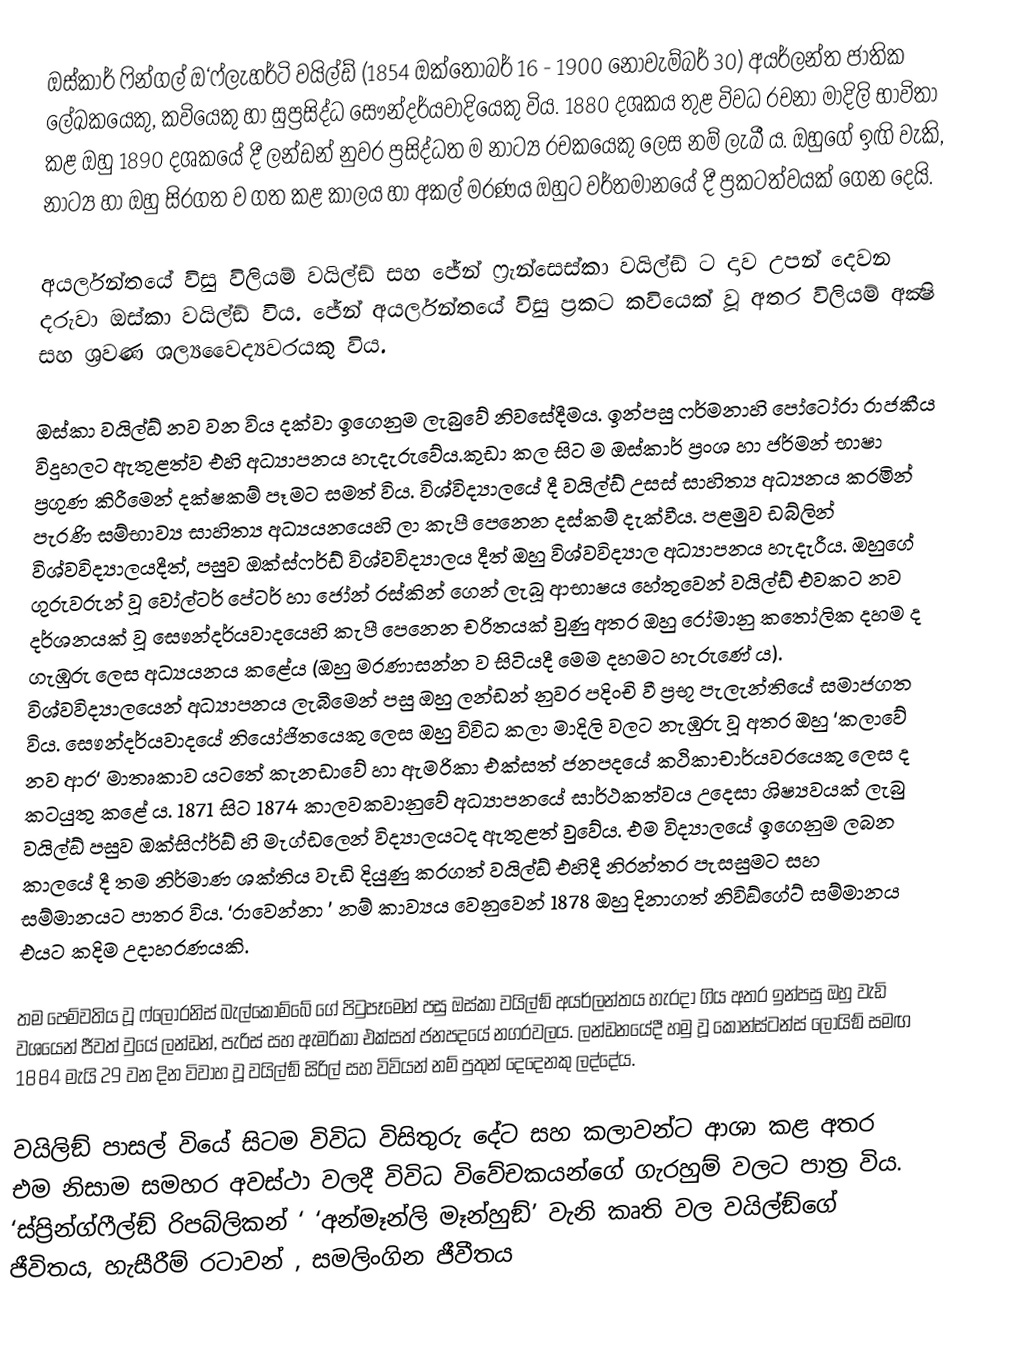
ඔස්කාර් ෆින්ගල් ඔ‘ෆ්ලැහර්ටි වයිල්ඩ් (1854 ඔක්තෝබර් 16 - 1900 නොවැම්බර් 30) අයර්ලන්ත ජාතික ලේඛකයෙකු, කවියෙකු හා සුප්‍රසිද්ධ සෞන්දර්යවාදියෙකු විය. 1880 දශකය තුළ විවධ රචනා මාදිලි භාවිතා කළ ඔහු 1890 දශකයේ දී ලන්ඩන් නුවර ප්‍රසිද්ධත ම නාට්‍ය රචකයෙකු ලෙස නම් ලැබී ය. ඔහුගේ ඉඟි වැකි, නාට්‍ය හා ඔහු සිරගත ව ගත කළ කාලය හා අකල් මරණය ඔහුට වර්තමානයේ දී ප්‍රකටත්වයක් ගෙන දෙයි.

අයර්ලන්තයේ විසු විලියම් වයිල්ඞ් සහ ජේන් ෆ‍්‍රැන්සෙස්කා වයිල්ඞ් ට දාව උපන් දෙවන දරුවා ඔස්කා වයිල්ඞ් විය. ජේන් අයර්ලන්තයේ විසු ප‍්‍රකට කවියෙක් වූ අතර විලියම් අක්‍ෂි සහ ශ‍්‍රවණ ශල්‍යවෛද්‍යවරයකු විය.

ඔස්කා වයිල්ඞ් නව වන විය දක්වා ඉගෙනුම ලැබුවේ නිවසේදීමය. ඉන්පසු ෆර්මනාහි පෝටෝරා රාජකීය විදුහලට ඇතුළත්ව එහි අධ්‍යාපනය හැදැරුවේය.කුඩා කල සිට ම ඔස්කාර් ප්‍රංශ හා ජර්මන් භාෂා ප්‍රගුණ කිරීමෙන් දක්ෂකම් පෑමට සමත් විය. විශ්විද්‍යාලයේ දී වයිල්ඩ් උසස් සාහිත්‍ය අධ්‍යනය කරමින් පැරණි සම්භාව්‍ය සාහිත්‍ය අධ්‍යයනයෙහි ලා කැපී පෙනෙන දස්කම් දැක්වීය. පළමුව ඩබ්ලින් විශ්වවිද්‍යාලයදීත්, පසුව ඔක්ස්ෆර්ඩ් විශ්වවිද්‍යාලය දීත් ඔහු විශ්වවිද්‍යාල අධ්‍යාපනය හැදැරීය. ඔහුගේ ගුරුවරුන් වූ වෝල්ටර් පේටර් හා ජෝන් රස්කින් ගෙන් ලැබූ ආභාෂය හේතුවෙන් වයිල්ඩ් එවකට නව දර්ශනයක් වූ සෞන්දර්යවාදයෙහි කැපී පෙනෙන චරිතයක් වුණු අතර ඔහු රෝමානු කතෝලික දහම ද ගැඹුරු ලෙස අධ්‍යයනය කළේය (ඔහු මරණාසන්න ව සිටියදී මෙම දහමට හැරුණේ ය). විශ්වවිද්‍යාලයෙන් අධ්‍යාපනය ලැබීමෙන් පසු ඔහු ලන්ඩන් නුවර පදිංචි වී ප්‍රභූ පැලැන්තියේ සමාජගත විය. සෞන්දර්යවාදයේ නියෝජිතයෙකු ලෙස ඔහු විවිධ කලා මාදිලි වලට නැඹුරු වූ අතර ඔහු ‘කලාවේ නව ආර‘ මාතෘකාව යටතේ කැනඩාවේ හා ඇමරිකා එක්සත් ජනපදයේ කථිකාචාර්යවරයෙකු ලෙස ද කටයුතු කළේ ය. 1871 සිට 1874 කාලවකවානුවේ අධ්‍යාපනයේ සාර්ථකත්වය උදෙසා ශිෂ්‍යවයක් ලැබු වයිල්ඞ් පසුව ඔක්සිෆ්ර්ඞ් හි මැග්ඩලෙන් විද්‍යාලයටද ඇතුළත් වුවේය. එම විද්‍යාලයේ ඉගෙනුම ලබන කාලයේ දී තම නිර්මාණ ශක්තිය වැඩි දියුණු කරගත් වයිල්ඞ් එහිදී නිරන්තර පැසසුමට සහ සම්මානයට පාත‍්‍ර විය. ‘රාවෙන්නා ’ නම් කාව්‍යය වෙනුවෙන් 1878 ඔහු දිනාගත් නිවිඞ්ගේට් සම්මානය එයට කදිම උදාහරණයකි.

තම පෙම්වතිය වූ ෆ්ලෝරනිස් බැල්කොම්බේ ගේ පිටුපෑමෙන් පසු ඔස්කා වයිල්ඞ් අයර්ලන්තය හැරදා ගිය අතර ඉන්පසු ඔහු වැඩි වශයෙන් ජීවත් වුයේ ලන්ඩන්, පැරිස් සහ ඇමරිකා එක්සත් ජනපදයේ නගරවලය. ලන්ඩනයේදී හමු වූ කොන්ස්ටන්ස් ලොයිඞ් සමඟ 1884 මැයි 29 වන දින විවාහ වූ වයිල්ඞ් සිරිල් සහ විවියන් නම් පුතුන් දෙදෙනකු ලද්දේය.

වයිලිඞ් පාසල් වියේ සිටම විවිධ විසිතුරු දේට සහ කලාවන්ට ආශා කළ අතර එම නිසාම සමහර අවස්ථා වලදී විවිධ විවේචකයන්ගේ ගැරහුම් වලට පාත‍්‍ර විය. ‘ස්ප්‍රින්ග්ෆීල්ඞ් රිපබ්ලිකන් ‘ ‘අන්මෑන්ලි මෑන්හුඞ්’ වැනි කෘති වල වයිල්ඞ්ගේ ජීවිතය, හැසීරීම් රටාවන් , සමලිංගින ජීවීතය